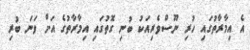
އެ އިމާރާތުގައި ހުރި ނޫސްވެރިއަކު ބުނި ގޮތުގައި އިމާރާތުގެ އަށް ވަނަ ބުރި